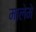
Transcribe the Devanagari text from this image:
मालेमे